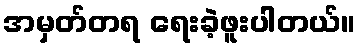
အမှတ်တရ ရေးခဲ့ဖူးပါတယ်။